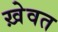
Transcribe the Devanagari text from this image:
ख़ेवत